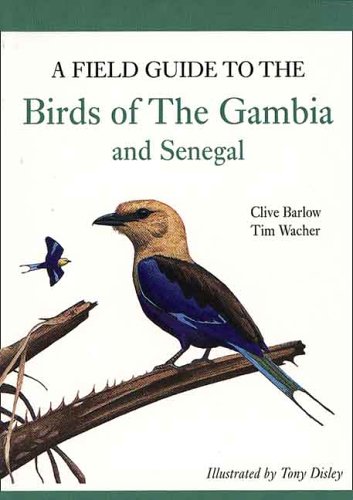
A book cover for A Field Guide to Birds of The Gambia and Senegal; Clive Barlow; Travel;